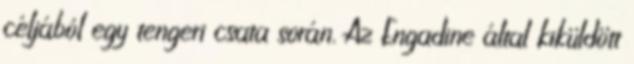
céljából egy tengeri csata során. Az Engadine által kiküldött